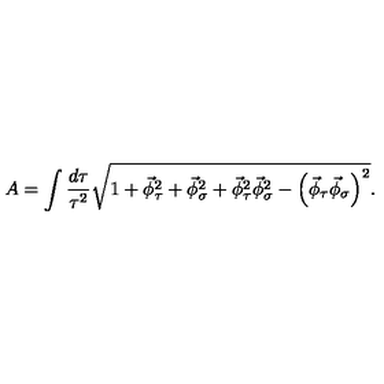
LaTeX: A = \int \frac { d \tau } { \tau ^ { 2 } } \sqrt { { 1 + \vec { \phi } _ { \tau } ^ { 2 } + \vec { \phi } _ { \sigma } ^ { 2 } + \vec { \phi } _ { \tau } ^ { 2 } \vec { \phi } _ { \sigma } ^ { 2 } - \left( \vec { \phi } _ { \tau } \vec { \phi } _ { \sigma } \right) ^ { 2 } } } .